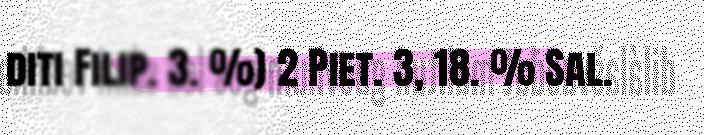
diti Filip. 3. %) 2 Piet. 3, 18. % Sal.